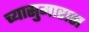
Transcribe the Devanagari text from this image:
च्यासुमारास